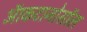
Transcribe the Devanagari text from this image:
ऑकटानोसॉल